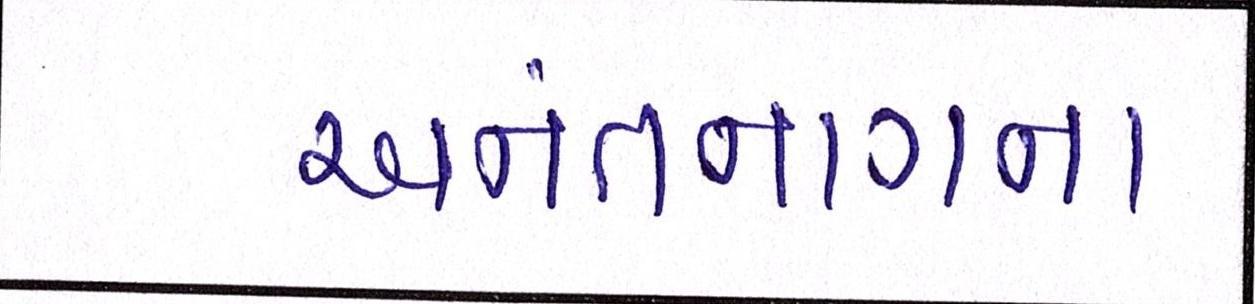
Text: અનંતનાગના